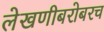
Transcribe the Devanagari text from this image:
लेखणीबरोबरच